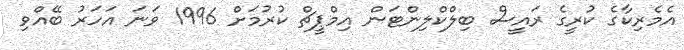
އެމެރިކާގެ ކުރީގެ ރައީސް ބިލްކްލިންޓަން އިމްޕީޗް ކުރުމަށް 1996 ވަނަ އަހަރު ބޭއްވި